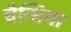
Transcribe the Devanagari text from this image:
चैन्धिया